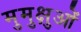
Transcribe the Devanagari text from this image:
मुमुक्षुओं